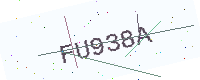
Text: FU938A